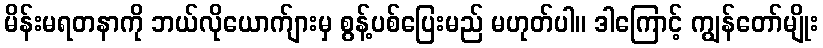
မိန်းမရတနာကို ဘယ်လိုယောက်ျားမှ စွန့်ပစ်ပြေးမည် မဟုတ်ပါ။ ဒါကြောင့် ကျွန်တော်မျိုး